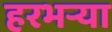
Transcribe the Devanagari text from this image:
हरभऱ्या